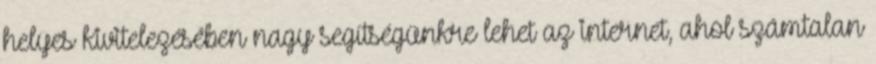
helyes kivitelezésében nagy segítségünkre lehet az internet, ahol számtalan